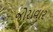
જોરાવાર